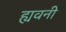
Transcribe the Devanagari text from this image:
ह्यवनी